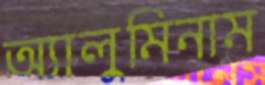
অ্যালুমিনাম